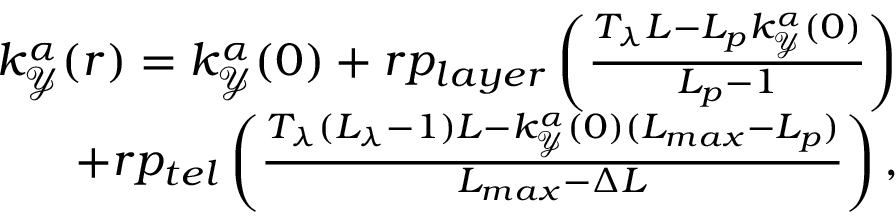
\begin{array} { r } { k _ { \mathcal { Y } } ^ { \alpha } ( r ) = k _ { \mathcal { Y } } ^ { \alpha } ( 0 ) + r p _ { l a y e r } \left( \frac { T _ { \lambda } L - L _ { p } k _ { \mathcal { Y } } ^ { \alpha } ( 0 ) } { L _ { p } - 1 } \right) } \\ { + r p _ { t e l } \left( \frac { T _ { \lambda } ( L _ { \lambda } - 1 ) L - k _ { \mathcal { Y } } ^ { \alpha } ( 0 ) ( L _ { m a x } - L _ { p } ) } { L _ { m a x } - \Delta L } \right) , } \end{array}